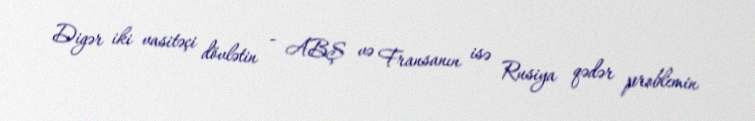
Digər iki vasitəçi dövlətin - ABŞ və Fransanın isə Rusiya qədər problemin